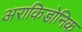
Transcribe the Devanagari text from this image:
अराकिडोनिक